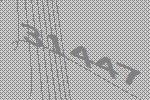
31447